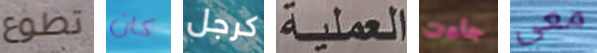
تطوع كان كرجل العملية جاءت معي